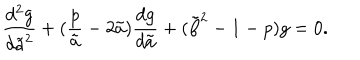
{ \frac { d ^ { 2 } g } { d { \tilde { a } } ^ { 2 } } } + ( { \frac { p } { \tilde { a } } } - 2 \tilde { a } ) { \frac { d g } { d \tilde { a } } } + ( { \tilde { \beta } } ^ { 2 } - 1 - p ) g = 0 .